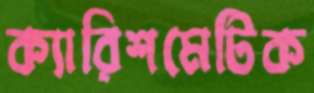
ক্যারিশমেটিক